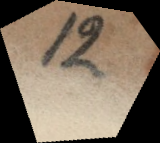
12